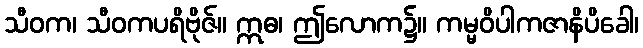
သီဝက၊ သီဝကပရိဗိုဇ်။ ဣဓ၊ ဤလောက၌။ ကမ္မဝိပါကဇာနိပိခေါ၊